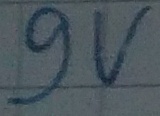
Text: 9V